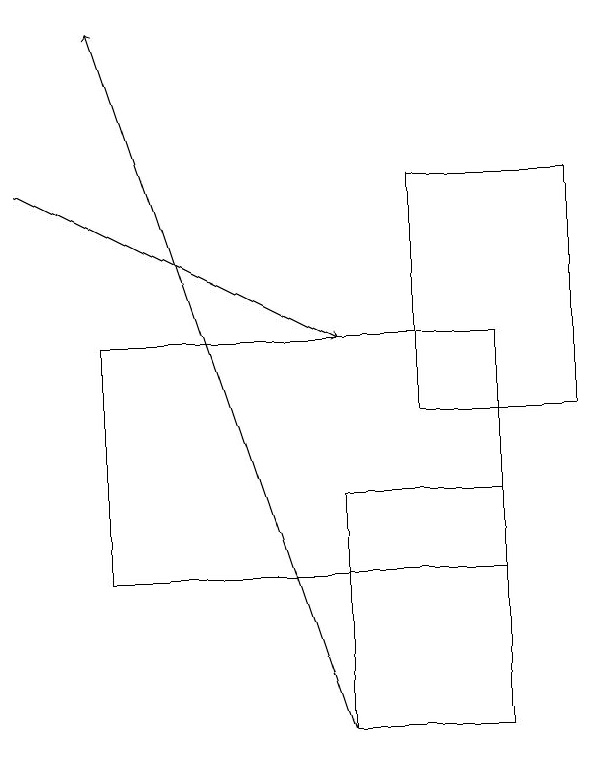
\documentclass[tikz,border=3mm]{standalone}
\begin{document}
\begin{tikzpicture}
\draw (6,12) rectangle (1,15);
\draw (6,13) rectangle (4,10);
\draw (5,17) rectangle (7,14);
\draw[->] (0,17) -- (4,15);
\draw[->] (4,10) -- (1,19);
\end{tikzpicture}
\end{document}